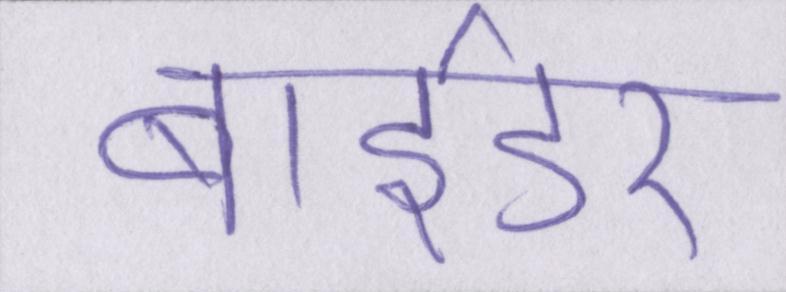
बाईडर